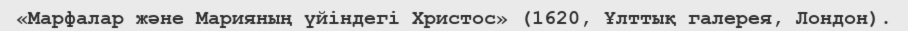
«Марфалар және Марияның үйiндегi Христос» (1620, Ұлттық галерея, Лондон).